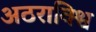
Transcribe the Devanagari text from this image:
अठराविश्व